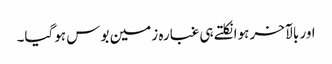
اور بالآخر ہوا نکلتے ہی غبارہ زمین بوس ہوگیا۔